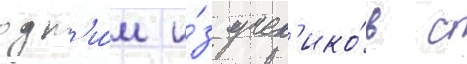
одн'и́м и́з учен'ико́в с